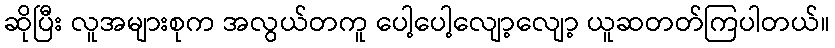
ဆိုပြီး လူအများစုက အလွယ်တကူ ပေါ့ပေါ့လျော့လျော့ ယူဆတတ်ကြပါတယ်။